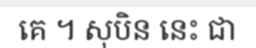
គេ ។ សុបិន នេះ ជា